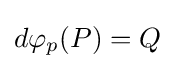
d\varphi _{p}(P)=Q